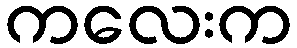
ကလေးက